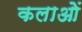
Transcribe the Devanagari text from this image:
कलाओें